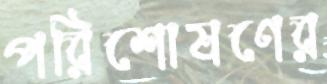
পরিশোষণের